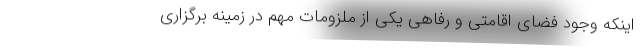
اینکه وجود فضای اقامتی و رفاهی یکی از ملزومات مهم در زمینه برگزاری